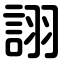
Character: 詡